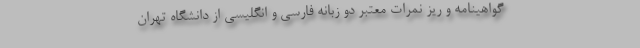
گواهینامه و ریز نمرات معتبر دو زبانه فارسی و انگلیسی از دانشگاه تهران